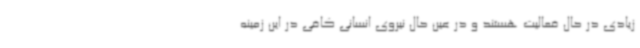
زیادی در حال فعالیت هستند و در عین حال نیروی انسانی کافی در این زمینه